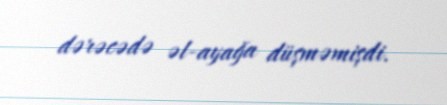
dərəcədə əl-ayağa düşməmişdi.